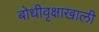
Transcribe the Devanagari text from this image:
बोधीवृक्षाखाली